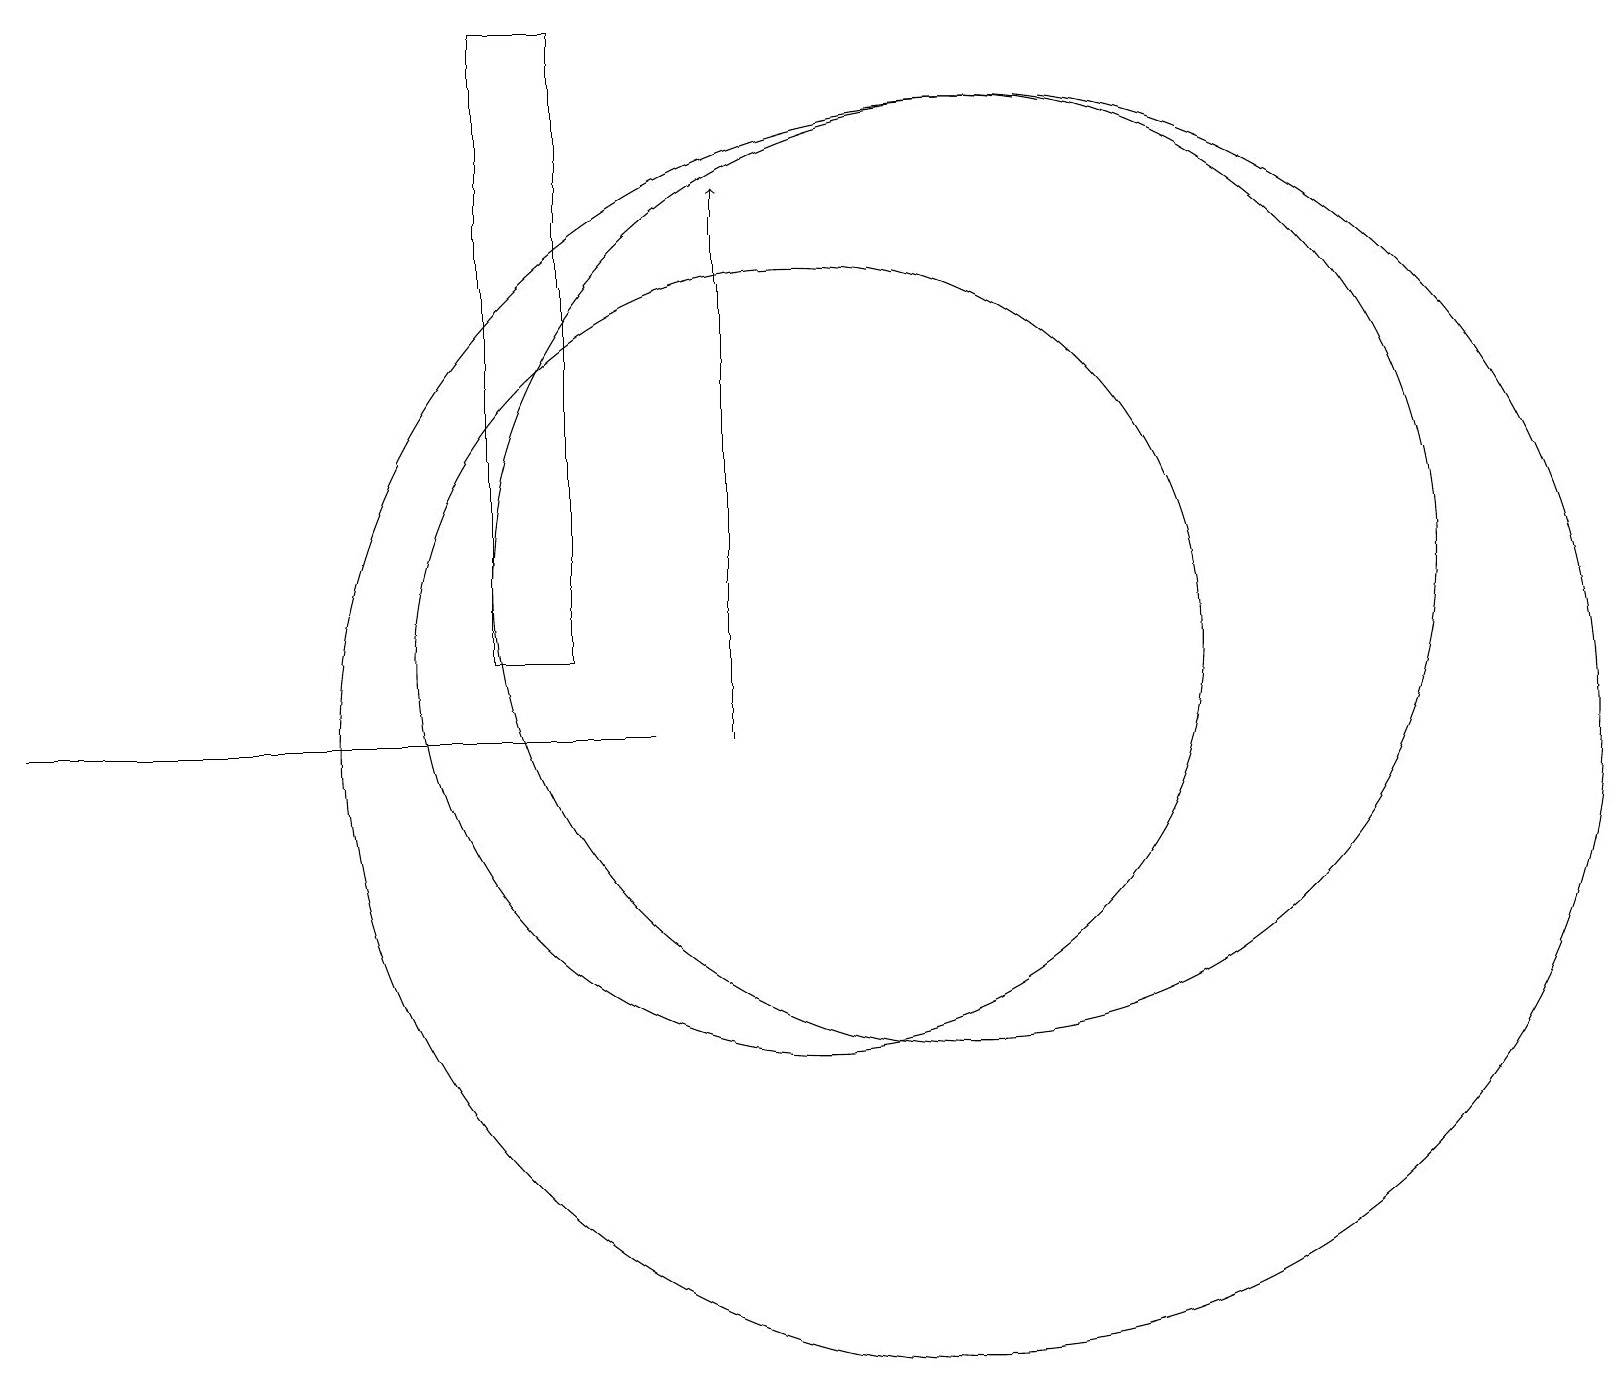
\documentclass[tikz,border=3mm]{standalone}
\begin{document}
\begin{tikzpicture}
\draw (12,12) circle (6);
\draw (0,10) rectangle (8,10);
\draw[->] (9,10) -- (9,17);
\draw (6,11) rectangle (7,19);
\draw (10,11) circle (5);
\draw (12,10) circle (8);
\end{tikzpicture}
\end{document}